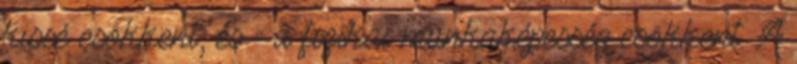
kissé csökkent, és - a fizikai munkaképesség csökkent. A